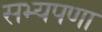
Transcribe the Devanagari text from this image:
सभ्यपणा